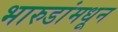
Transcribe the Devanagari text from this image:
भारुडांमधून